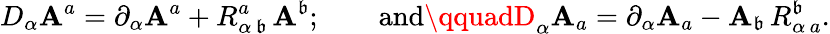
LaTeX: D_{\alpha}\mathbf{A}^{a}=\partial_{\alpha}\mathbf{A}^{a}+R_{\alpha\, \mathfrak{b}}^{a}\, \mathbf{A}^{\mathfrak{b}};\qquad\mathrm{{and}}\qquadD_{\alpha}\mathbf{A}_{a}=\partial_{\alpha}\mathbf{A}_{a}-\mathbf{A}_{\mathfrak{b}}\, R_{\alpha\, a}^{\mathfrak{b}}.